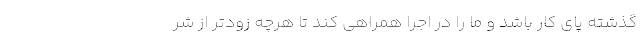
گذشته پای کار باشد و ما را در اجرا همراهی کند تا هرچه زودتر از شر